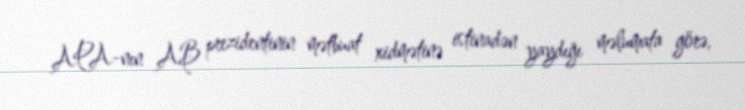
APA-nın AB prezidentinin mətbuat xidmətinə istinadən yaydığı məlumata görə,